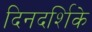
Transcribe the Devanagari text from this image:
दिनदर्शिके